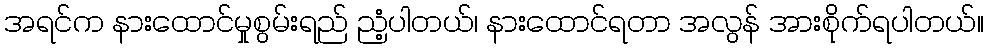
အရင်က နားထောင်မှုစွမ်းရည် ညံ့ပါတယ်၊ နားထောင်ရတာ အလွန် အားစိုက်ရပါတယ်။